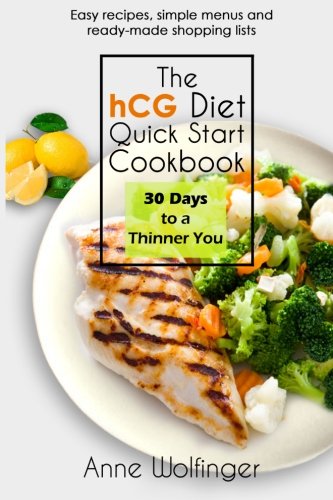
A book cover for The hCG Diet Quick Start Cookbook: 30 Days to a Thinner You; Anne Wolfinger; Cookbooks, Food & Wine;